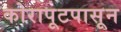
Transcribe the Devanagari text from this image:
कोरापूटपासून